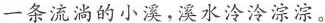
一条流淌的小溪，溪水冷冷淙淙。